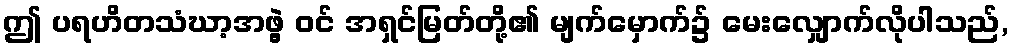
ဤ ပရဟိတသံဃာ့အဖွဲ့ ဝင် အရှင်မြတ်တို့၏ မျက်မှောက်၌ မေးလျှောက်လိုပါသည်,